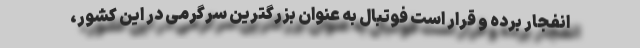
انفجار برده و قرار است فوتبال به عنوان بزرگترین سرگرمی در این کشور،